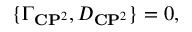
\{ { \Gamma } _ { { \bf C } { \bf P } ^ { 2 } } , { \cal D } _ { { \bf C } { \bf P } ^ { 2 } } \} = 0 ,